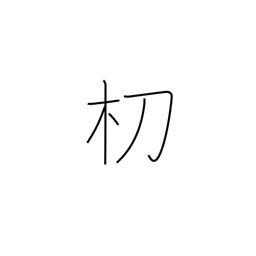
Meaning: type of tree